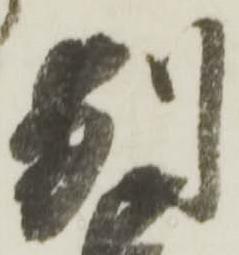
別